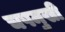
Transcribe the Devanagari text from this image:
चषमुखी